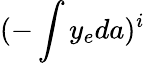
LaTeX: (-\int y_{e}da)^{i}